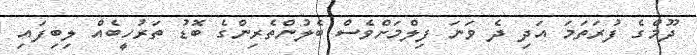
ދޫމްގެ ފުރަތަމަ އަދި ދެ ވަނަ ފިލްމަށްވެސް ބެލުންތެރިންގެ ބޮޑު ތަރުހީބެއް ލިބިފައި